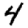
Digit: 4